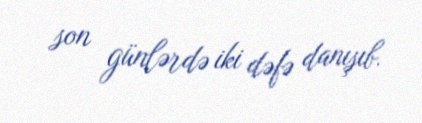
son günlərdə iki dəfə danışıb.